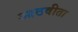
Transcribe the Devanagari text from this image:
आठवीता